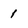
Character: 1